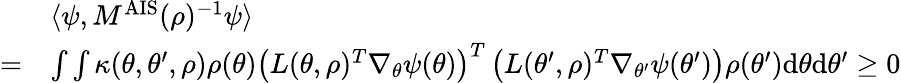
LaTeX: \begin{array}{rl}&{\langle\psi,M^{\mathrm{AIS}}(\rho)^{-1}\psi\rangle}\\ {=}&{\int\int\kappa(\theta,\theta^{\prime},\rho)\rho(\theta)\left(L(\theta,\rho)^{T}\nabla_{\theta}\psi(\theta)\right)^{T}\left(L(\theta^{\prime},\rho)^{T}\nabla_{\theta^{\prime}}\psi(\theta^{\prime})\right)\rho(\theta^{\prime})\mathrm{d}\theta\mathrm{d}\theta^{\prime}\geq 0}\end{array}